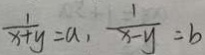
\frac { 1 } { x + y } = a , \frac { 1 } { x - y } = b